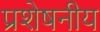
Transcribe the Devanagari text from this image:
प्रशेषनीय